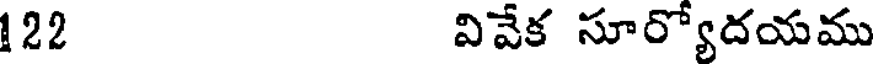
122 వివేక సూర్యోదయము